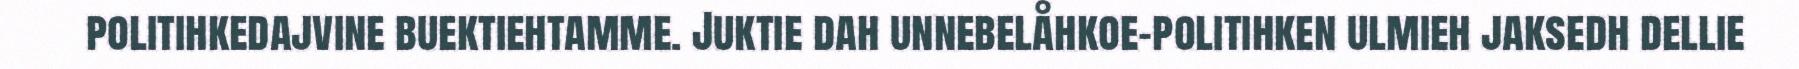
politihkedajvine buektiehtamme. Juktie dah unnebelåhkoe-politihken ulmieh jaksedh dellie